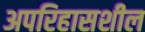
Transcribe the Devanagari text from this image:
अपरिहासशील